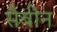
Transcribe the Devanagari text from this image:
सैबीन